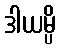
ဒါယမ္ပိ